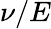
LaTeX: \nu/E